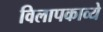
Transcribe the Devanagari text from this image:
विलापकाव्ये